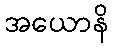
အယောနိ